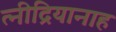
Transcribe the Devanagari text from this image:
त्नीद्रियानाह